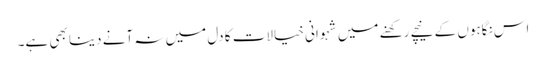
اس نگاہوں کے نیچے رکھنے میں شہوانی خیالات کا دل میں نہ آنے دینا بھی ہے۔